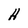
Character: H